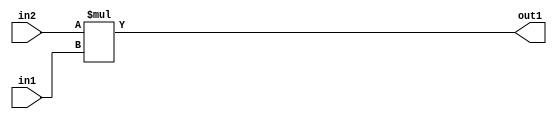
`timescale 1ps / 1ps
/*****************************************************************************
    Verilog RTL Description
    
    
    Created by: Stratus DpOpt 2019.1.01 
*******************************************************************************/

module st_weight_addr_gen_Mul_32Ux16U_32U_4_4 (
	in2,
	in1,
	out1
	); /* architecture "behavioural" */ 
input [31:0] in2;
input [15:0] in1;
output [31:0] out1;
wire [31:0] asc001;

assign asc001 = 
	+(in2 * in1);

assign out1 = asc001;
endmodule

/* CADENCE  ubL0Qgo= : u9/ySgnWtBlWxVPRXgAZ4Og= ** DO NOT EDIT THIS LINE ******/